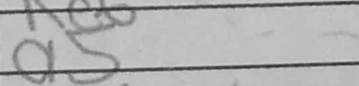
Transcription: a5